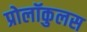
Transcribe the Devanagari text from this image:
प्रोलॉकुलस